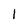
Character: 1